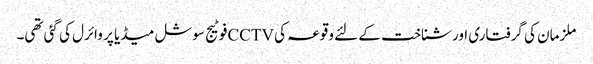
ملزمان کی گرفتاری اور شناخت کے لئے وقوعہ کی CCTVفوٹیج سوشل میڈیا پر وائرل کی گئی تھی۔